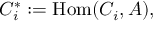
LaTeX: C _ { i } ^ { * } : = \mathrm { H o m } ( C _ { i } , A ) ,